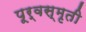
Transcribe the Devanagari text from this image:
पूर्वस्मृती